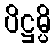
ပိဋ္ဌမ္ပိ